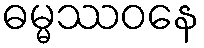
ဓမ္မဿဝနေ